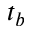
t _ { b }